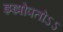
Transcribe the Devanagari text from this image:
झ्झोपतोऽऽ